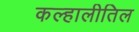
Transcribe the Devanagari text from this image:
कल्हालीतिल